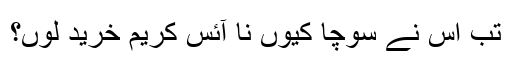
تب اس نے سوچا کیوں نا آئس کریم خرید لوں؟